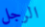
الرجل